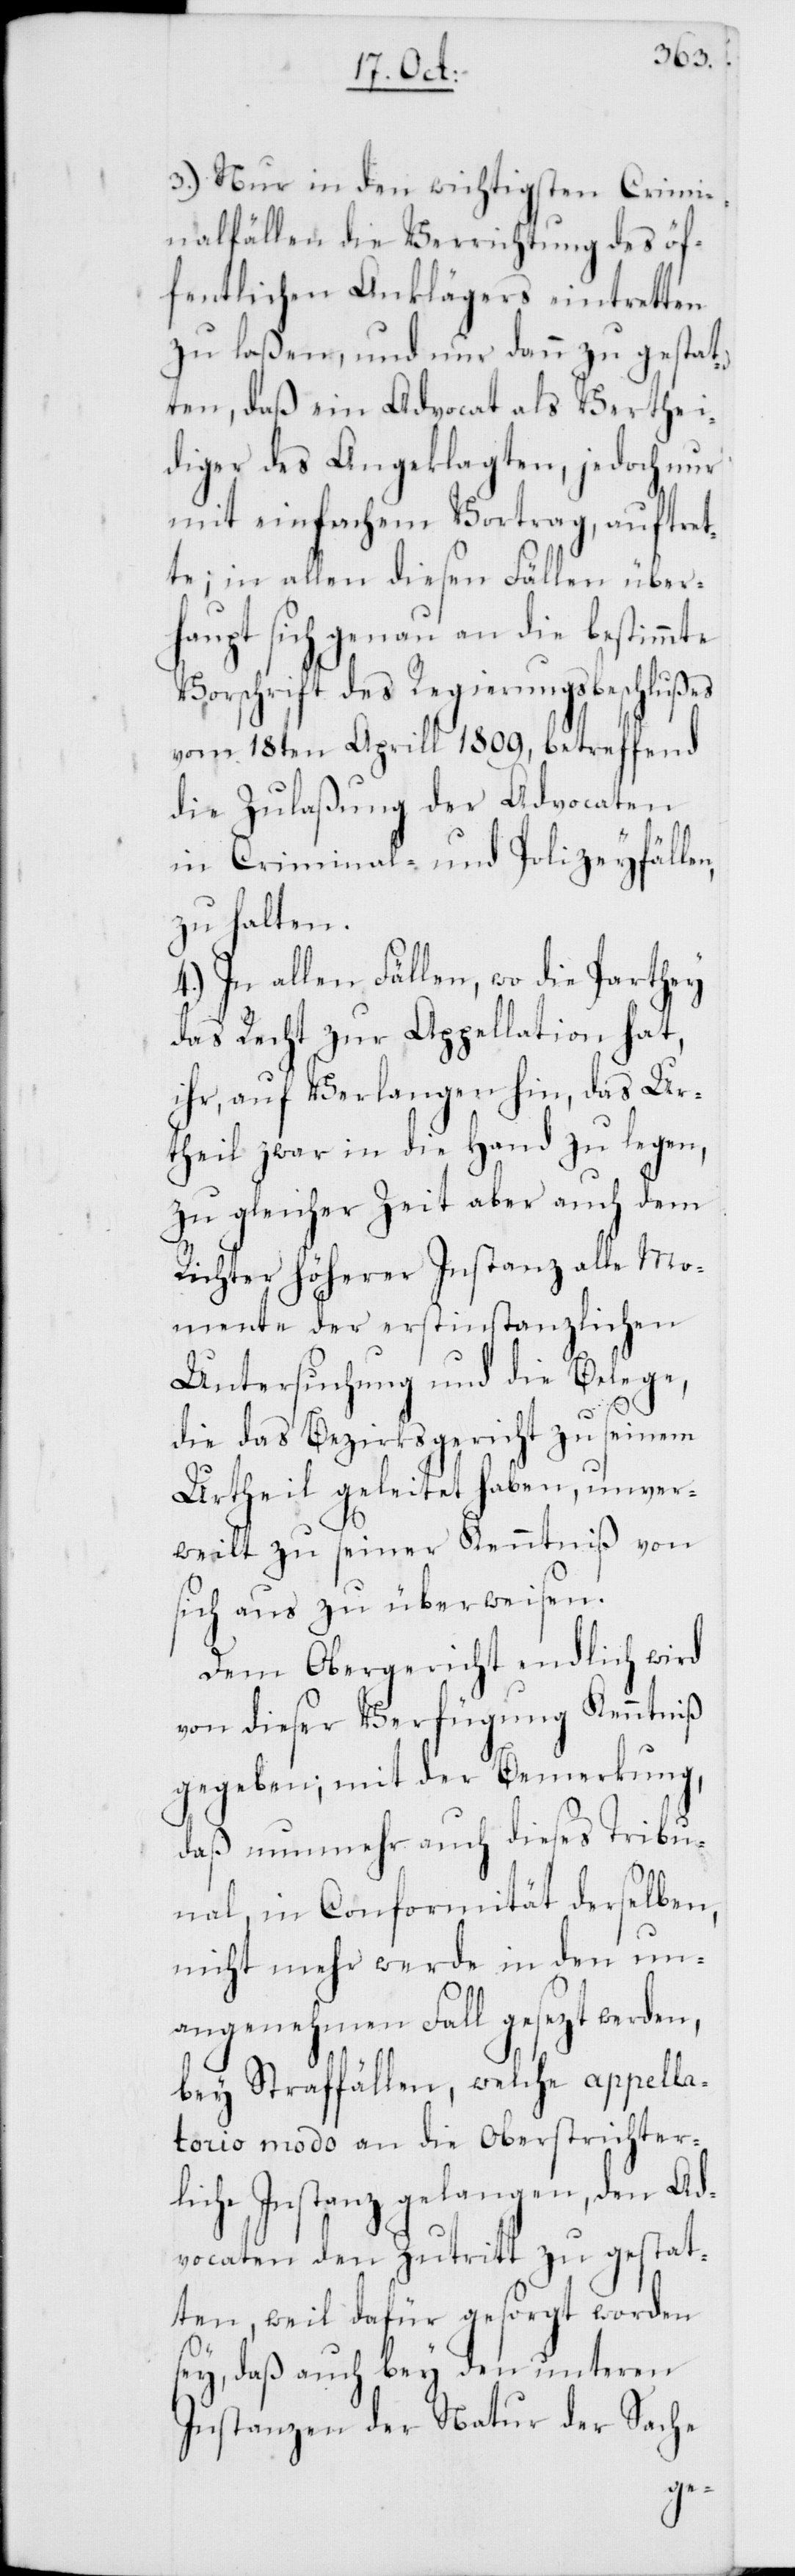
3.) Nur in den wichtigsten Crimi¬
nalfällen die Verrichtung des öf¬
fentlichen Anklägers eintretten
zu laßen, und nur dann zu gestat¬
ten, daß ein Advocat als Verthei¬
diger des Angeklagten, jedoch nur
mit einfachem Vortrag, auftre¬
tte; in allen diesen Fällen über¬
haupt sich genau an die bestimmte
Vorschrift des Regierungsbeschlußes
vom 18ten Aprill 1809, betreffend
die Zulaßung der Advocaten
in Criminal- und Polizeyfällen,
zu halten.
4.) In allen Fällen, wo die Parthey
das Recht zur Appellation hat,
ihr, auf Verlangen hin, das Ur¬
theil zwar in die Hand zu legen,
zu gleicher Zeit aber auch dem
Richter höherer Instanz alle Mo¬
mente der erstinstanzlichen
Untersuchung und die Belege,
die das Bezirksgericht zu seinem
Urtheil geleitet haben, unver¬
weilt zu seiner Kenntniß von
sich aus zu überweisen.
Dem Obergericht endlich wird
von dieser Verfügung Kenntniß
gegeben; mit der Bemerkung,
daß nunmehr auch dieses Tribu¬
nal in Conformität derselben,
nicht mehr werde in den un¬
angenehmen Fall gesezt werden,
bey Straffällen, welche appella¬
torio modo an die Oberstrichter¬
liche Instanz gelangen, den Ad¬
vocaten den Zutritt zu gestat¬
ten, weil dafür gesorgt worden
sey, daß auch bey den unteren
Instanzen der Natur der Sache